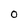
Character: 0